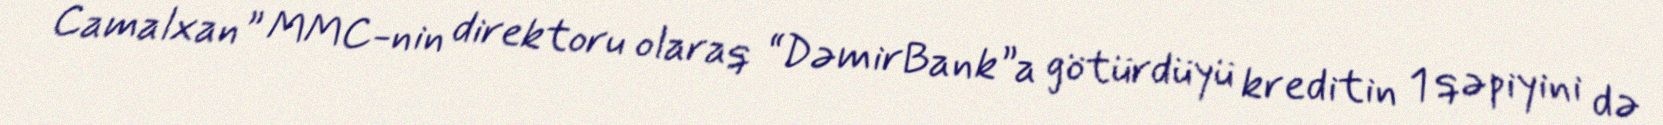
Camalxan” MMC-nin direktoru olaraq “DəmirBank”a götürdüyü kreditin 1 qəpiyini də